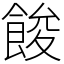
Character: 餕